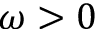
\omega > 0